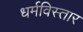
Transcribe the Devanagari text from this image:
धर्मविस्तार